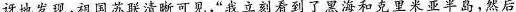
讶地发现，祖国苏联清晰可见，”我立刻看到了黑海和克里米亚半岛，然后